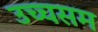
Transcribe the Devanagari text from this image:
उच्चसम